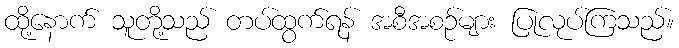
ထို့နောက် သူတို့သည် တပ်ထွက်ရန် အစီအစဉ်များ ပြုလုပ်ကြသည်။